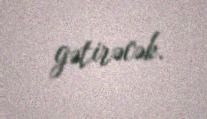
gətirəcək.